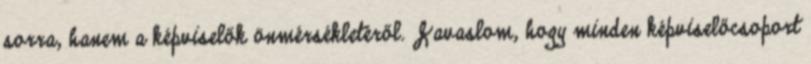
sorra, hanem a képviselők önmérsékletéről. Javaslom, hogy minden képviselőcsoport